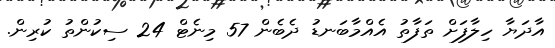
އާދަޔާ ހިލާފަށް ތަފާތު އެއްމާބަނޑު ދެބެން 57 މިނެޓް 24 ސިކުންތު ކުރިން.